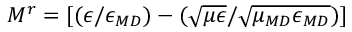
M ^ { r } = [ ( \epsilon / \epsilon _ { \/ { M D } } ) - ( \sqrt { \mu \epsilon } / \sqrt { \mu _ { \/ { M D } } \epsilon _ { \/ { M D } } } ) ]